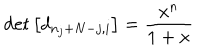
LaTeX: \det \left[ d _ { n _ { j } + N - j , i } \right] = \frac { x ^ { n } } { 1 + x }